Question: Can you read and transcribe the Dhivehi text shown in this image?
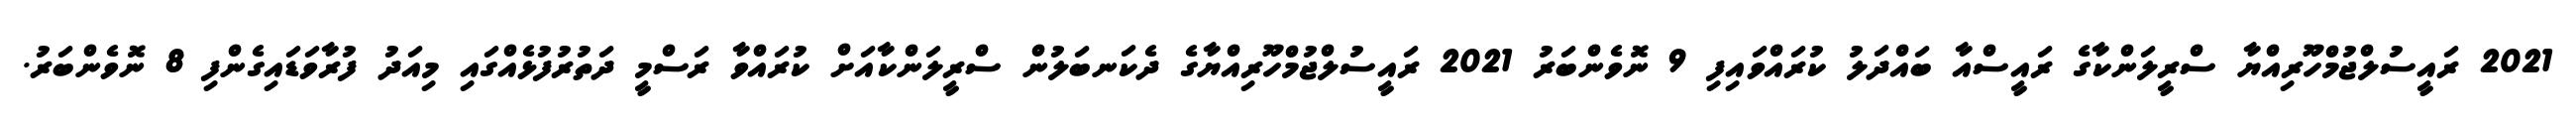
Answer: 2021 ރައީސުލްޖުމްހޫރިއްޔާ ސްރީލަންކާގެ ރައީސްއާ ބައްދަލު ކުރައްވައިފި 9 ނޮވެންބަރު 2021 ރައީސުލްޖުމްހޫރިއްޔާގެ ދެކަނބަލުން ސްރީލަންކާއަށް ކުރައްވާ ރަސްމީ ދަތުރުފުޅެއްގައި މިއަދު ފުރާވަޑައިގެންފި 8 ނޮވެންބަރު.